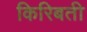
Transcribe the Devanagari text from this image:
किरिबती